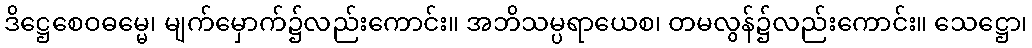
ဒိဋ္ဌေစေဝဓမ္မေ၊ မျက်မှောက်၌လည်းကောင်း။ အဘိသမ္ပရာယေစ၊ တမလွန်၌လည်းကောင်း။ သေဋ္ဌော၊